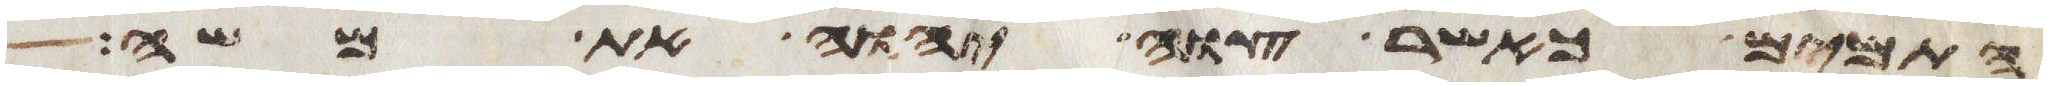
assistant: התמים כאשר צוה יהוה את משה